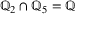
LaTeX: \mathbb { Q } _ { 2 } \cap \mathbb { Q } _ { 5 } = \mathbb { Q }